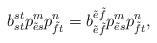
LaTeX: \begin{align*}b^{st}_{st}p^m_{\tilde{e}s}p^n_{\tilde{f}t}=b^{\tilde{e}\tilde{f}}_{\tilde{e}\tilde{f}}p^m_{\tilde{e}s}p^n_{\tilde{f}t},\end{align*}